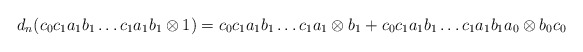
\begin{align*}d_n(c_0c_1a_1b_1 \dots c_1a_1b_1 \otimes 1) = c_0c_1a_1b_1 \dots c_1a_1 \otimes b_1 + c_0c_1a_1b_1 \dots c_1a_1b_1a_0 \otimes b_0c_0\end{align*}